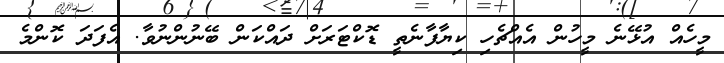
މީހެއް އުޅޭނެ މީހުން އެއްޗެހި ކިޔާފާނެތީ ޑޮކްޓަރަށް ދައްކަން ބޭނުންނުވާ. އެފަދަ ކޮންމެ